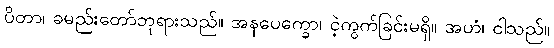
ပိတာ၊ ခမည်းတော်ဘုရားသည်။ အနပေက္ခော၊ ငဲ့ကွက်ခြင်းမရှိ။ အဟံ၊ ငါသည်။